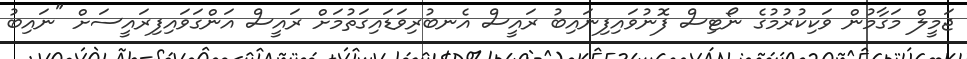
ޖަމީލް މަގާމުން ވަކިކުރުމުގެ ނޯޓިސް ފޮނުވައިފިނައިބު ރައީސް އެނބުރިވަޑައިގަތުމަށް ރައީސް އަންގަވައިފިރައީސަށް "ނައިބު